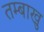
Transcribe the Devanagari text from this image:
तम्बाखु